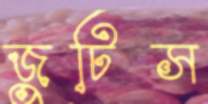
জুটিস